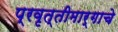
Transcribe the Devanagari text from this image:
प्रवृत्तीमार्गाचे